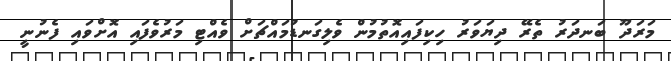
މަރަދޫ ބަނދަރު ތެރޭ ދިޔަވަރު ހިކިފައިއޮތުމުން ވެލިގަނޑުމައްޗަށް ވެއްޓި މަރުވެފައި އޮށްވައި ފެނުނީ